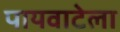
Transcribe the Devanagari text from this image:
पायवाटेला